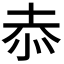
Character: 𭜙